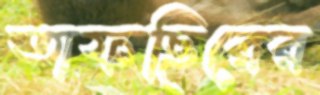
তাফছিরের